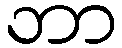
ဘာ